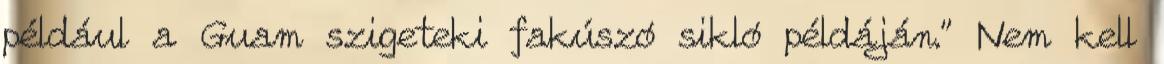
például a Guam szigeteki fakúszó sikló példáján.” Nem kell